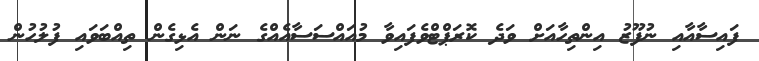
ފައިސާއާއި ނުފޫޒު އިންތިހާއަށް ވަދެ ކޮރަޕްޓްވެފައިވާ މުއައްސަސާއެއްގެ ނަން އެޅިގެން ތިއްބަވައި ފުލުހުން